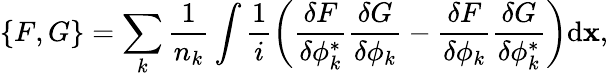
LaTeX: \left\{ F,G\right\} =\sum_{k}{\frac{1}{n_{k}}\int{\frac{1}{i}\left(\frac{\delta F}{\delta\phi_{k}^{*}}\frac{\delta G}{\delta\phi_{k}}-\frac{\delta F}{\delta\phi_{k}}\frac{\delta G}{\delta\phi_{k}^{*}}\right)\mathrm{d}{\mathbf x}}},